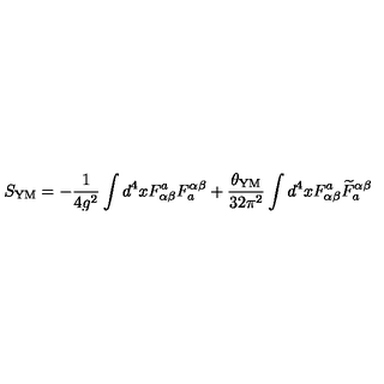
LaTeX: S _ { \mathrm { Y M } } = - \frac { 1 } { 4 g ^ { 2 } } \int d ^ { 4 } x F _ { \alpha \beta } ^ { a } F _ { a } ^ { \alpha \beta } + \frac { \theta _ { \mathrm { Y M } } } { 3 2 \pi ^ { 2 } } \int d ^ { 4 } x F _ { \alpha \beta } ^ { a } { \widetilde { F } } _ { a } ^ { \alpha \beta }